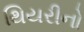
થિયરીનો